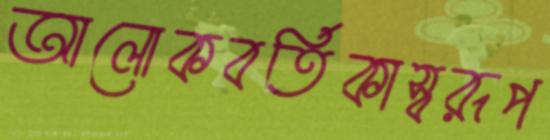
আলোকবর্তিকাস্বরূপ